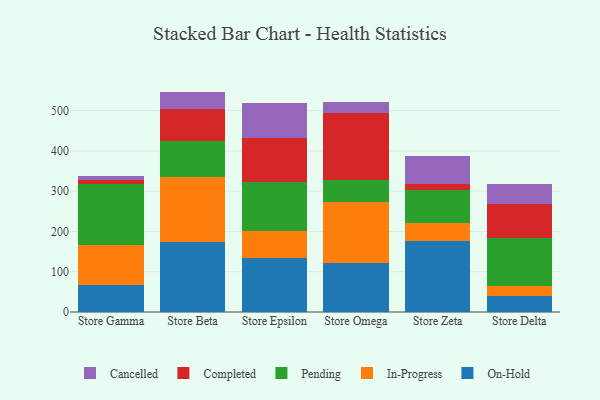
{"axis": {"x": "Store", "y": "Operating Costs (USD K)"}, "legend": ["Cancelled", "Completed", "In-Progress", "On-Hold", "Pending"], "data": [{"x": "Store Gamma", "y": 66.1, "type": "On-Hold"}, {"x": "Store Gamma", "y": 99.2, "type": "In-Progress"}, {"x": "Store Gamma", "y": 152.3, "type": "Pending"}, {"x": "Store Gamma", "y": 9.1, "type": "Completed"}, {"x": "Store Gamma", "y": 10.6, "type": "Cancelled"}, {"x": "Store Beta", "y": 172.9, "type": "On-Hold"}, {"x": "Store Beta", "y": 161.6, "type": "In-Progress"}, {"x": "Store Beta", "y": 90.9, "type": "Pending"}, {"x": "Store Beta", "y": 78.3, "type": "Completed"}, {"x": "Store Beta", "y": 43.6, "type": "Cancelled"}, {"x": "Store Epsilon", "y": 133.8, "type": "On-Hold"}, {"x": "Store Epsilon", "y": 68.5, "type": "In-Progress"}, {"x": "Store Epsilon", "y": 119.4, "type": "Pending"}, {"x": "Store Epsilon", "y": 109.8, "type": "Completed"}, {"x": "Store Epsilon", "y": 86.9, "type": "Cancelled"}, {"x": "Store Omega", "y": 122.2, "type": "On-Hold"}, {"x": "Store Omega", "y": 151.5, "type": "In-Progress"}, {"x": "Store Omega", "y": 55.0, "type": "Pending"}, {"x": "Store Omega", "y": 164.7, "type": "Completed"}, {"x": "Store Omega", "y": 26.9, "type": "Cancelled"}, {"x": "Store Zeta", "y": 177.2, "type": "On-Hold"}, {"x": "Store Zeta", "y": 44.5, "type": "In-Progress"}, {"x": "Store Zeta", "y": 80.8, "type": "Pending"}, {"x": "Store Zeta", "y": 16.6, "type": "Completed"}, {"x": "Store Zeta", "y": 67.5, "type": "Cancelled"}, {"x": "Store Delta", "y": 39.2, "type": "On-Hold"}, {"x": "Store Delta", "y": 25.7, "type": "In-Progress"}, {"x": "Store Delta", "y": 118.4, "type": "Pending"}, {"x": "Store Delta", "y": 83.9, "type": "Completed"}, {"x": "Store Delta", "y": 50.6, "type": "Cancelled"}]}